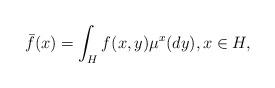
LaTeX: \begin{align*}\bar{f}(x)=\int_{H}f(x,y)\mu^{x}(dy),x\in {H},\end{align*}